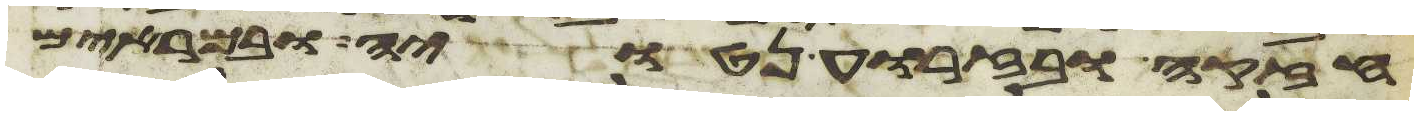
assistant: חזקה ובזרוע נטויה ובמראים